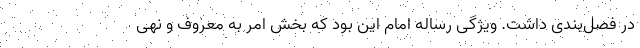
در فصل‌بندی داشت. ویژگی رساله امام این بود که بخش امر به معروف و نهی